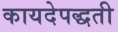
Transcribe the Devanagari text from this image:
कायदेपद्धती